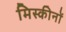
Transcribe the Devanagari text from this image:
मिस्कीनों